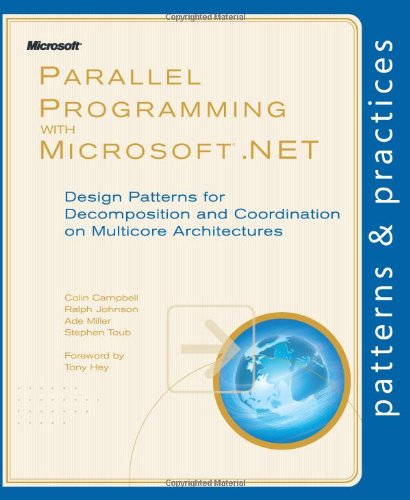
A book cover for Parallel Programming with MicrosoftÂ® .NET: Design Patterns for Decomposition and Coordination on Multicore Architectures (Patterns & Practices); Colin Campbell; Computers & Technology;